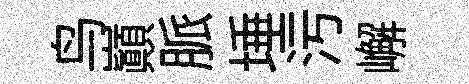
鸟巔脈埵污嶰